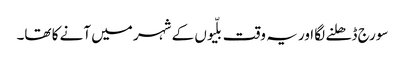
سورج ڈھلنے لگا اور یہ وقت بلّیوں کے شہر میں آنے کا تھا۔